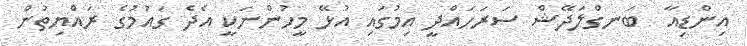
އިންޑިއާ  ބަނގްލަދޭޝް ސަރަހައްދީ އިމުގައި އުޅޭ މީހުންނަކީ އެދެ ގައުމުގެ ރައްޔިތުން